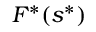
F ^ { * } ( s ^ { * } )